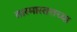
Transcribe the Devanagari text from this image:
तारमास्तराच्या